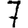
Digit: 7